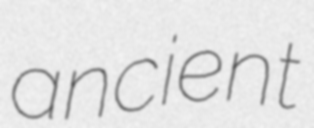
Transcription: ancient